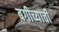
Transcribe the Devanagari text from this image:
बगीच्याची